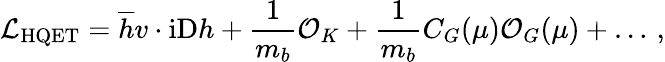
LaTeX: {\cal L}_{\mathrm{HQET}}=\overline{{h}}v\cdot\mathrm{iD}h+{\frac{1}{m_{b}}}{\cal O}_{K}+{\frac{1}{m_{b}}}C_{G}(\mu){\cal O}_{G}(\mu)+\dots\, ,